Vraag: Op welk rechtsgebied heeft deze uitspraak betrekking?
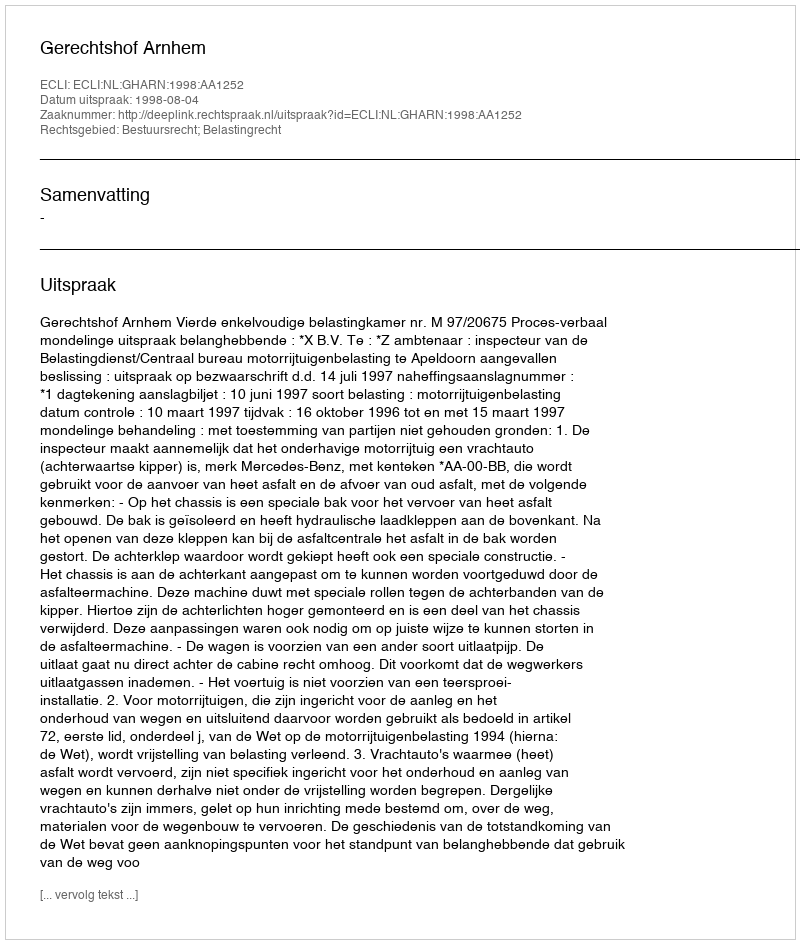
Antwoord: Bestuursrecht; Belastingrecht